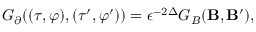
G _ { \partial } ( ( \tau , \varphi ) , ( \tau ^ { \prime } , \varphi ^ { \prime } ) ) = \epsilon ^ { - 2 \Delta } G _ { B } ( { \bf B } , { \bf B ^ { \prime } } ) ,